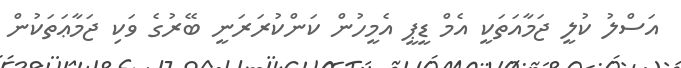
އަސްލު ކުލީ ޖަމާއަތަކީ އެމް ޑީޕީ އެމީހުން ކަންކުރަރަނީ ބޭރުގެ ވަކި ޖަމާޢަތަކުން